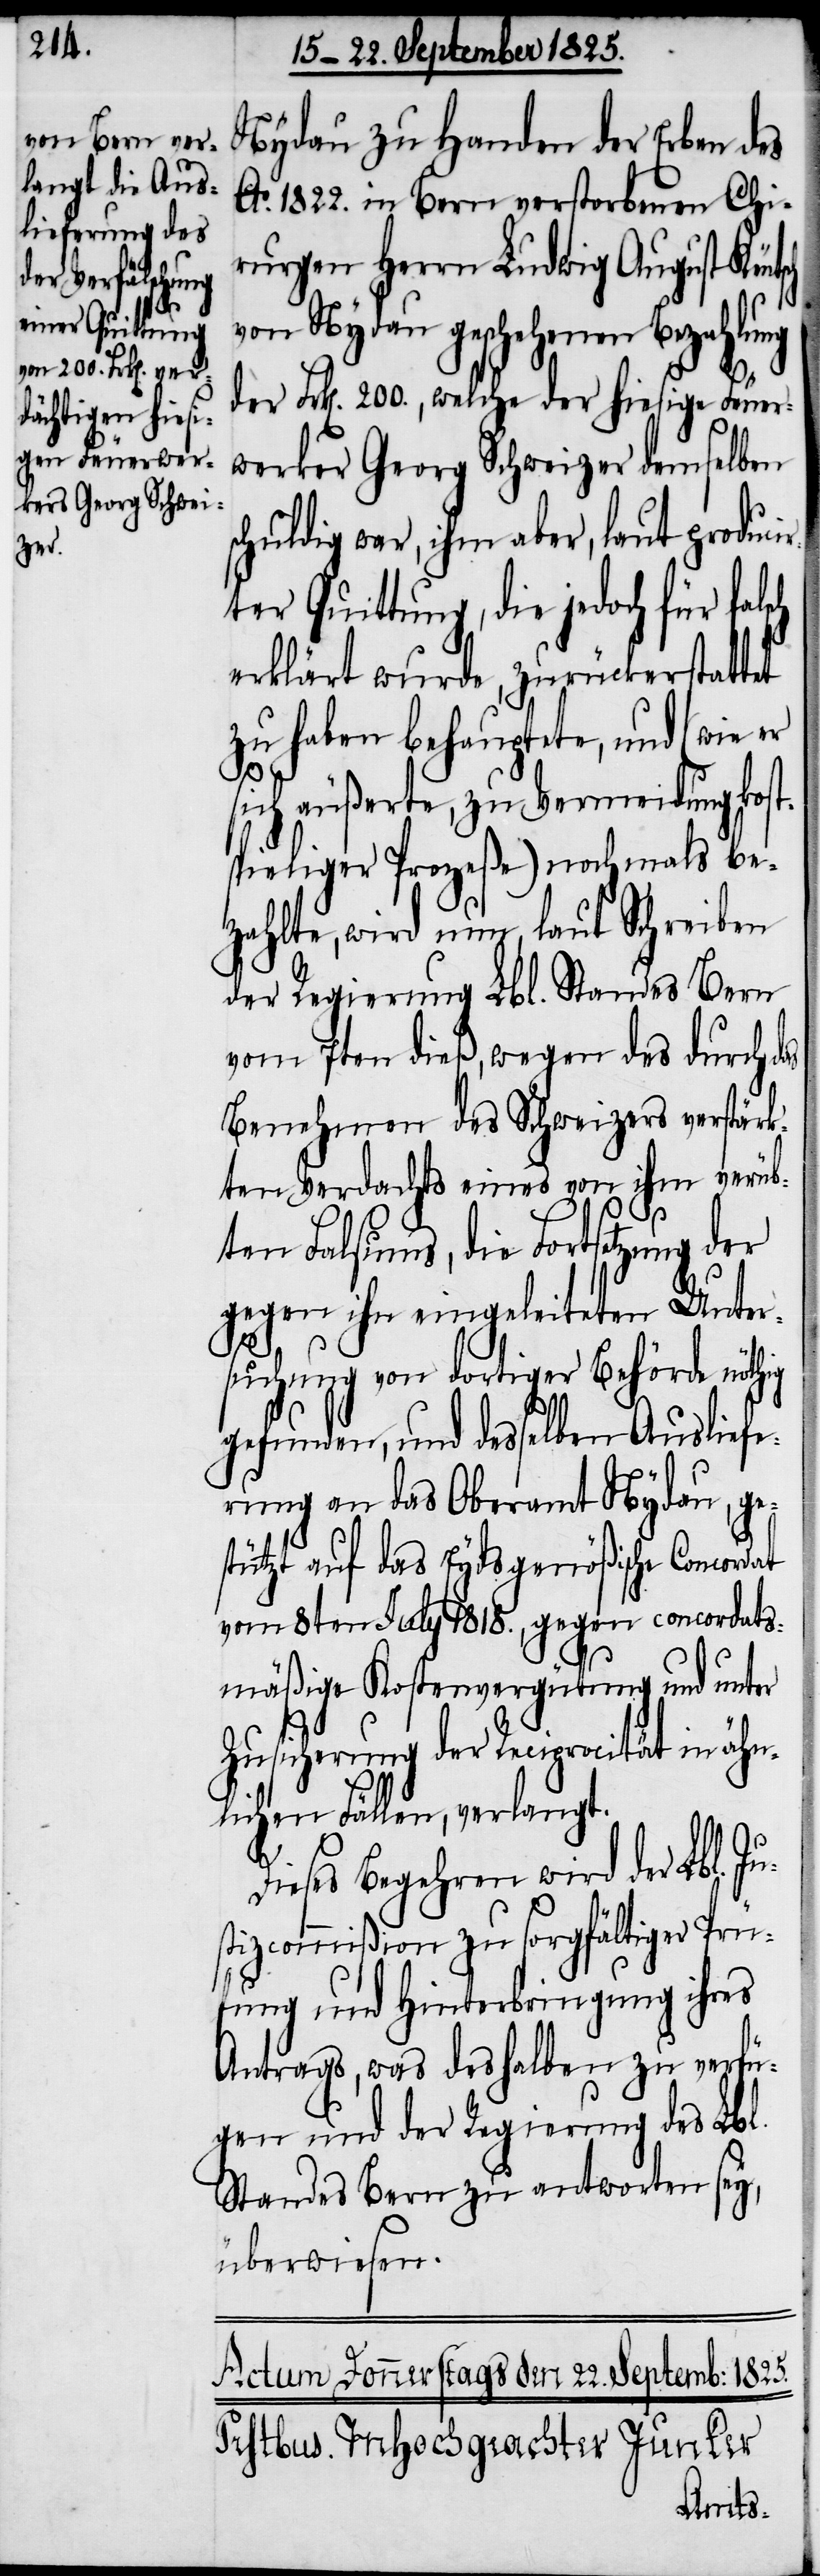
Jus¬

Nydau zu Handen der Erben des
Ao. 1822. in Bern verstorbenen Chi¬
rurgen Herrn Ludwig August Künt¬
von Nydau geschehenen Bezahlung
der Frk[en]. 200., welche der hiesige Feuer¬
werker Georg Schweizer demselben
schuldig war, ihm aber, laut produci¬
rter Quittung, die jedoch für fals¬
erklärt wurde, zurückerstatt¬
zu haben behauptete, und (wie er
sich äußerte, zu Vermeidung ko¬
pieliger Prozeße) nochmals be¬
zahlte, wird nun, laut Schreiben
der Regierung Lbl. Standes Bern
vom 7ten dieß, wegen des durch das
Benehmen des Schweizers verstär¬
kten Verdachts eines von ihm verüb¬
ten Falsums, die Fortsetzung der
gegen ihn eingeleiteten Unter¬
suchung von dortiger Behörde
gefunden, und desselben Ausliefe¬
rung an das Oberamt Nydau,
tützt auf das Eydsgenößische Conco¬
vom 8ten July 1818., gegen concordats¬
mäßige Kostenvergütung und unt¬
Zusicherung der Reciprocität in ähn¬
lichen Fällen, verlangt.
Dieses Begehren wird der Lbl.
tizcommißion zu sorgfältiger Prü¬
fung und Hinterbringung ihres
Antrags, was deshalben zu verfü¬
gen und der Regierung des Lbl.
Standes Bern zu antworten sey,
überwiesen.
sts¬